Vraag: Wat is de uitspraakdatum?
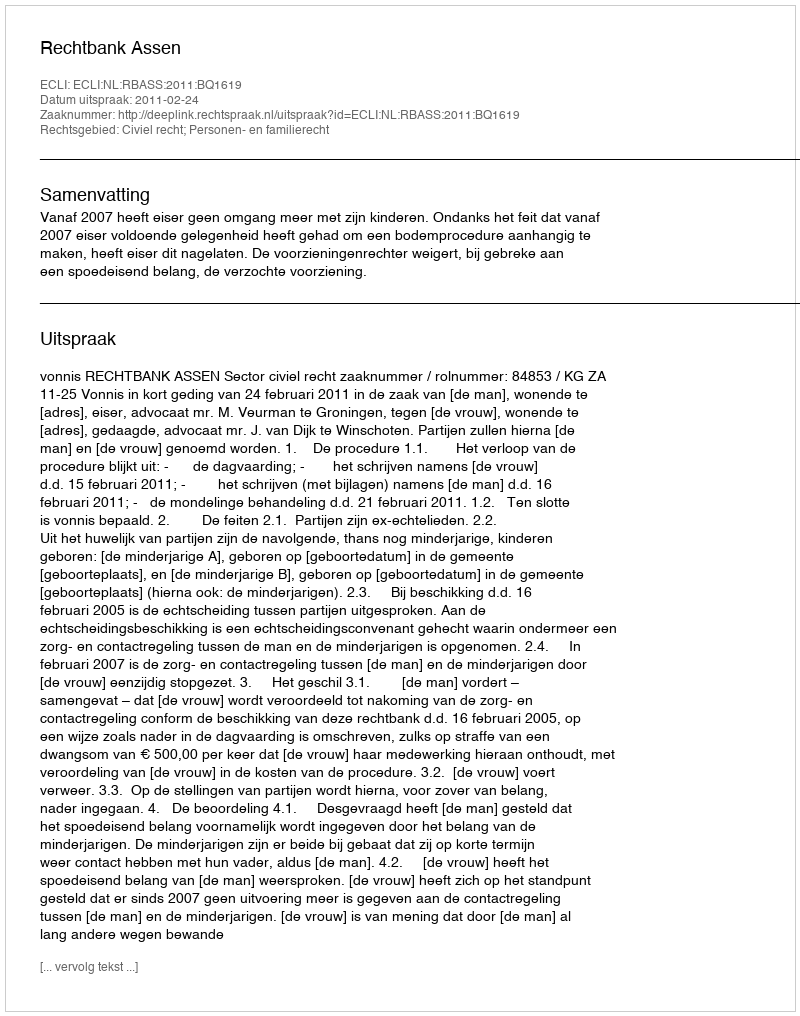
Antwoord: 2011-02-24